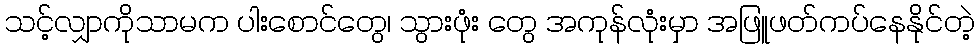
သင့်လျှာကိုသာမက ပါးစောင်တွေ၊ သွားဖုံး တွေ အကုန်လုံးမှာ အဖြူဖတ်ကပ်နေနိုင်တဲ့